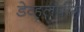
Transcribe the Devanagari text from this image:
डेव्हलपींग